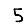
Digit: 5